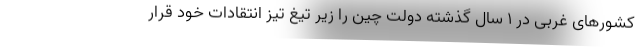
کشورهای غربی در 1 سال گذشته دولت چین را زیر تیغ تیز انتقادات خود قرار